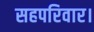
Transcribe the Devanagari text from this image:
सहपरिवार।